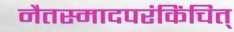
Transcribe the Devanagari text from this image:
नैतस्मादपरंकिंचित्